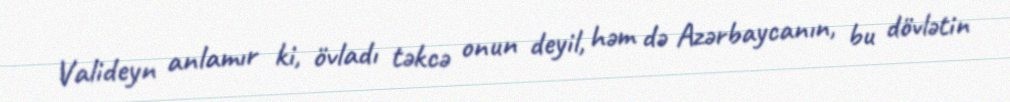
Valideyn anlamır ki, övladı təkcə onun deyil, həm də Azərbaycanın, bu dövlətin